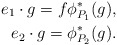
\begin{align*}e_1 \cdot g = f\phi_{P_1}^*(g),\\ e_2 \cdot g= \phi_{P_2}^*(g).\end{align*}